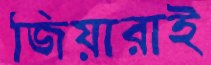
জিয়ারাই